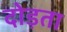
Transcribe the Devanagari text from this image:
दोड़ता